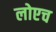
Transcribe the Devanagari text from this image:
लोएच